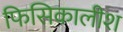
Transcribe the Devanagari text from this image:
फिसिकालीश